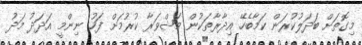
މިގޮތަށް ބަދަލުކުރަން ކަމާބެހޭ އިދާރާތަކުން މަޝްވަރާ ކުރުމަށް ފަހު ނިންމީ އަދަދު މަދު